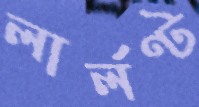
লার্লণ্ট